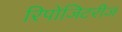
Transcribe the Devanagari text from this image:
रिपोजिटरीज